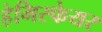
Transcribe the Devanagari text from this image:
हेमिस्फेयर